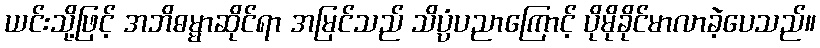
ယင်းသို့ဖြင့် အဘိဓမ္မာဆိုင်ရာ အမြင်သည် သိပ္ပံပညာကြောင့် ပိုမိုခိုင်မာလာခဲ့ပေသည်။